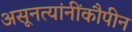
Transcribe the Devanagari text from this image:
असूनत्यांनींकौपीन